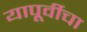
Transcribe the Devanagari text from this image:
यापूर्वीचा